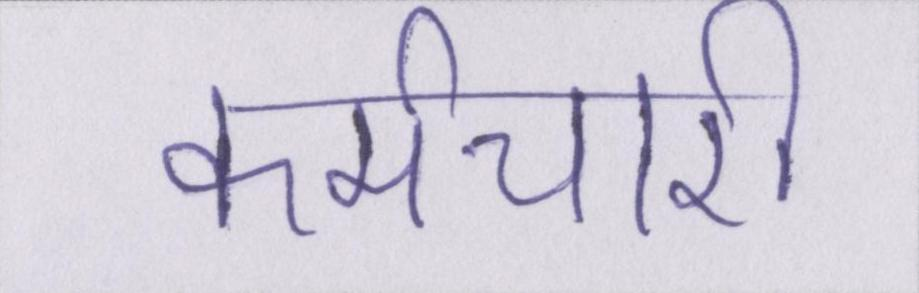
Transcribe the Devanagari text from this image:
कर्मचारी